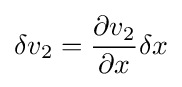
\delta v_{2}={\frac {\partial v_{2}}{\partial x}}\delta x